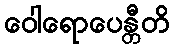
ဝေါရောပေန္တီတိ